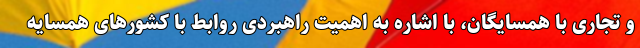
و تجاری با همسایگان، با اشاره به اهمیت راهبردی روابط با کشورهای همسایه